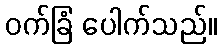
ဝက်ခြံ ပေါက်သည်။